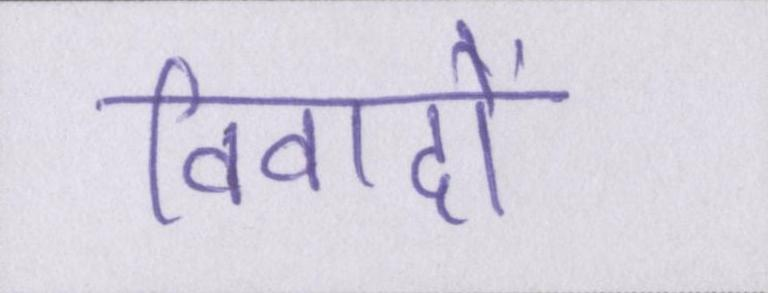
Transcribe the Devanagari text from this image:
विवादों